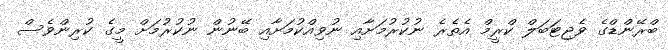
ބްރޭންޑްގެ ވެޖިޓަބަލް ކްރީމް އެތެރެ ނުކުރުމަށާއި ނުވިއްކުމަށާއި ބޭނުން ނުކުރުމަށް މީގެ ކުރިންވެސް